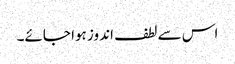
اس سے لطف اندوز ہوا جائے۔